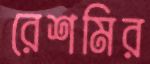
রেশমির